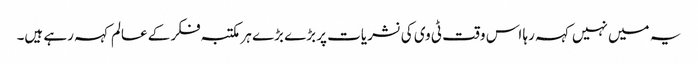
یہ میں نہیں کہہ رہا اس وقت ٹی وی کی نشریات پر بڑے بڑے ہر مکتبہ فکر کے عالم کہہ رہے ہیں۔